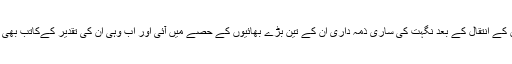
والدین کے انتقال کے بعد نگہت کی ساری ذمہ داری ان کے تین بڑے بھائیوں کے حصے میں آئی اور اب وہی ان کی تقدیر کےکاتب بھی تھے۔